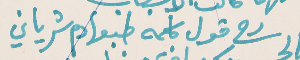
رح قول كلمه طبعها دم شرياني